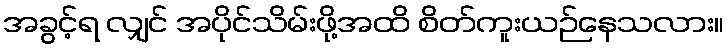
အခွင့်ရ လျှင် အပိုင်သိမ်းဖို့အထိ စိတ်ကူးယဉ်နေသလား။